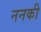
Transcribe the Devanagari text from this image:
ननकी